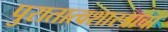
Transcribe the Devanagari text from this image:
पुरातात्वशास्त्राचा